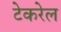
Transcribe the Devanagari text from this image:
टेकरेल